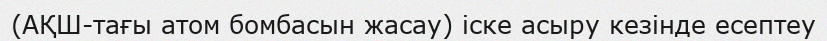
(АҚШ-тағы атом бомбасын жасау) іске асыру кезінде есептеу